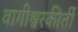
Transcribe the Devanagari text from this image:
वागीश्वरकीर्ती